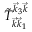
\tilde { T } _ { \vec { k } \vec { k } _ { 1 } } ^ { \vec { k } _ { 3 } \vec { k } }